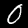
Digit: 0